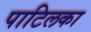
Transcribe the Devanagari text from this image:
पाटिलका